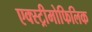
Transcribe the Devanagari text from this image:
एक्स्ट्रीमोफिलिक